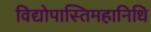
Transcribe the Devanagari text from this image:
विद्योपास्तिमहानिधि